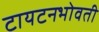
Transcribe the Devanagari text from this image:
टायटनभोवती